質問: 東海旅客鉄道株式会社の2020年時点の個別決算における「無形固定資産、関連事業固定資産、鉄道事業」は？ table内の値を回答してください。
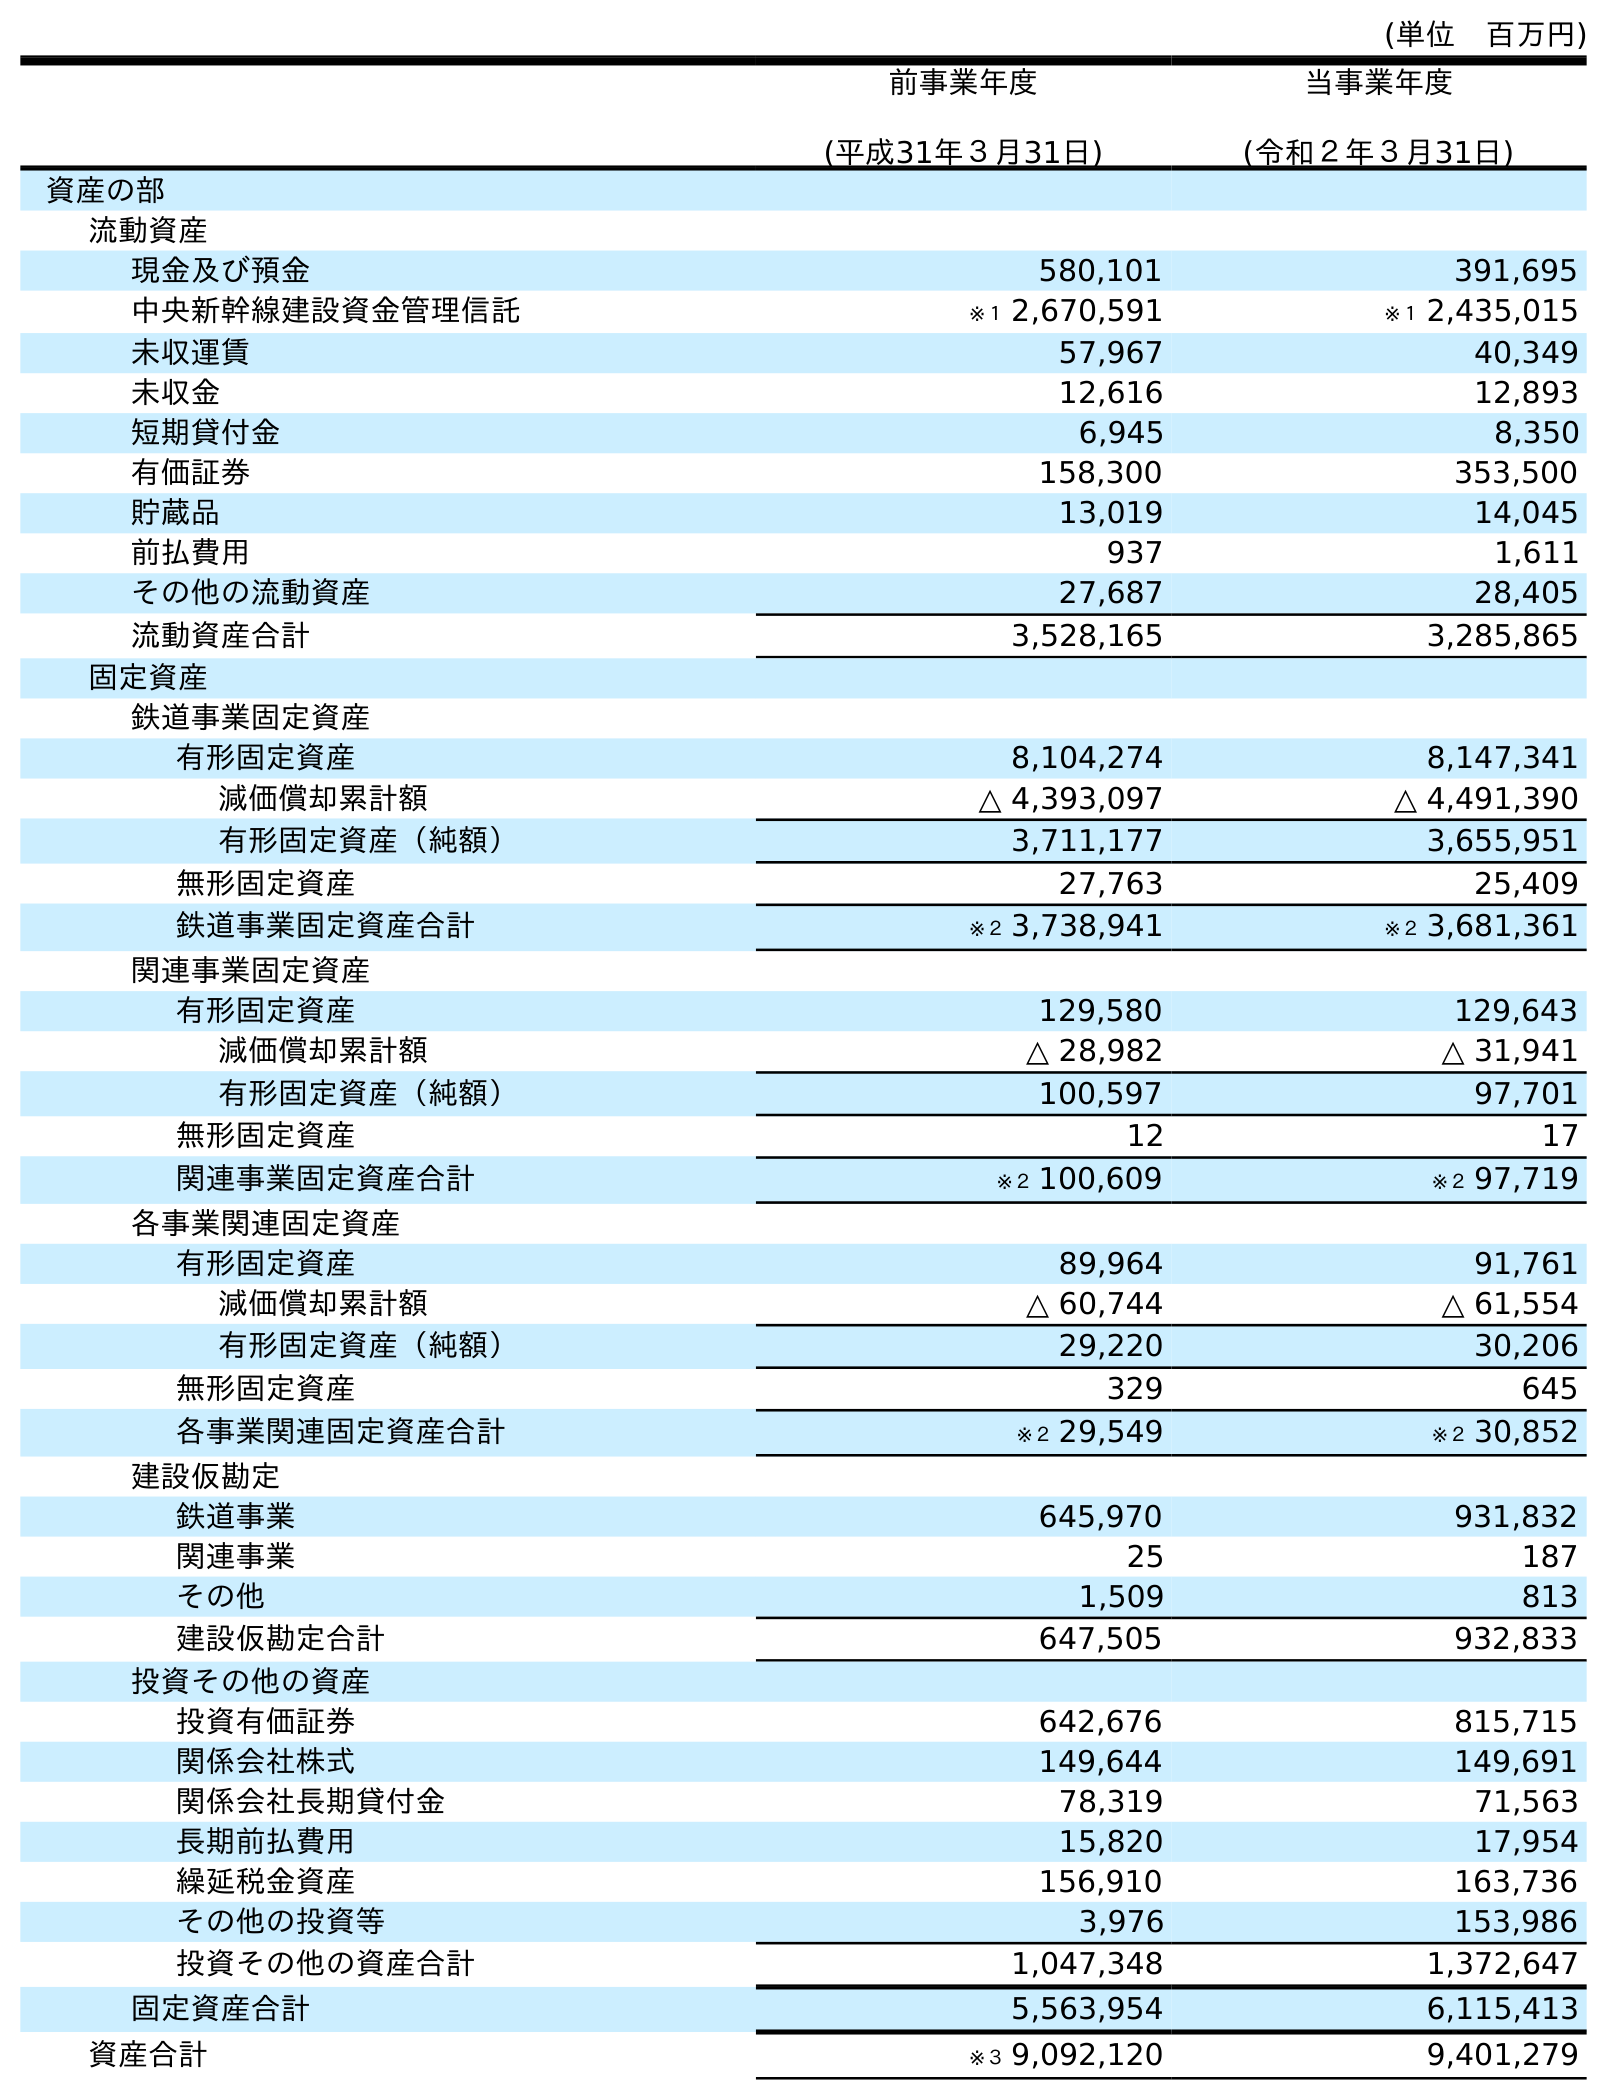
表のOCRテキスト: (単位 百万円) 前事業年度 (平成31年３月31日) 当事業年度 (令和２年３月31日) 資産の部 流動資産 現金及び預金 580,101 391,695 中央新幹線建設資金管理信託 ※１ 2,670,591 ※１ 2,435,015 未収運賃 57,967 40,349 未収金 12,616 12,893 短期貸付金 6,945 8,350 有価証券 158,300 353,500 貯蔵品 13,019 14,045 前払費用 937 1,611 その他の流動資産 27,687 28,405 流動資産合計 3,528,165 3,285,865 固定資産 鉄道事業固定資産 有形固定資産 8,104,274 8,147,341 減価償却累計額 △ 4,393,097 △ 4,491,390 有形固定資産（純額） 3,711,177 3,655,951 無形固定資産 27,763 25,409 鉄道事業固定資産合計 ※２ 3,738,941 ※２ 3,681,361 関連事業固定資産 有形固定資産 129,580 129,643 減価償却累計額 △ 28,982 △ 31,941 有形固定資産（純額） 100,597 97,701 無形固定資産 12 17 関連事業固定資産合計 ※２ 100,609 ※２ 97,719 各事業関連固定資産 有形固定資産 89,964 91,761 減価償却累計額 △ 60,744 △ 61,554 有形固定資産（純額） 29,220 30,206 無形固定資産 329 645 各事業関連固定資産合計 ※２ 29,549 ※２ 30,852 建設仮勘定 鉄道事業 645,970 931,832 関連事業 25 187 その他 1,509 813 建設仮勘定合計 647,505 932,833 投資その他の資産 投資有価証券 642,676 815,715 関係会社株式 149,644 149,691 関係会社長期貸付金 78,319 71,563 長期前払費用 15,820 17,954 繰延税金資産 156,910 163,736 その他の投資等 3,976 153,986 投資その他の資産合計 1,047,348 1,372,647 固定資産合計 5,563,954 6,115,413 資産合計 ※３ 9,092,120 9,401,279
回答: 17